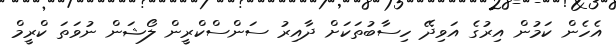
އެހެން ކަމުން އިރުގެ އަވިދޭ ހިސާބުތަކަށް ދާއިރު ސަންސްކްރީން ލޯޝަން ނުވަތަ ކްރީމް